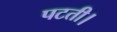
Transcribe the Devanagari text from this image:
पटती।